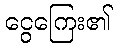
ငွေကြေး၏